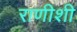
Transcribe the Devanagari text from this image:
राणीशी